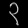
Digit: ၃